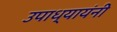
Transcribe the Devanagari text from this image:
उपाध्यायंनी